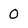
Character: 0